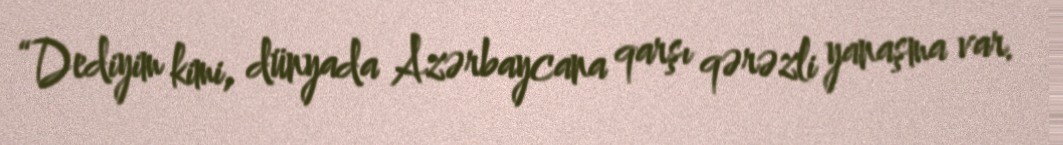
“Dediyim kimi, dünyada Azərbaycana qarşı qərəzli yanaşma var.